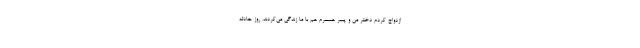
ازدواج کردم دختر من و پسر همسرم هم با ما زندگی می‌کردند. روز حادثه